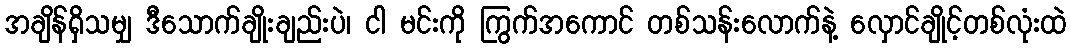
အချိန်ရှိသမျှ ဒီသောက်ချိုးချည်းပဲ၊ ငါ မင်းကို ကြွက်အကောင် တစ်သန်းလောက်နဲ့ လှောင်ချိုင့်တစ်လုံးထဲ